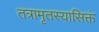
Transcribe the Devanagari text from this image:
तत्रामृतस्यासिक्तं